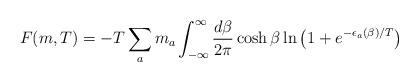
LaTeX: \begin{align*}F (m,T)= - T \sum_a m_a \int_{-\infty}^{\infty} \frac{d\beta}{2\pi} \cosh\beta\ln\left( 1 + e^{-\epsilon_a(\beta)/T}\right)\end{align*}